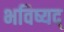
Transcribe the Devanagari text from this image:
भविष्यद्